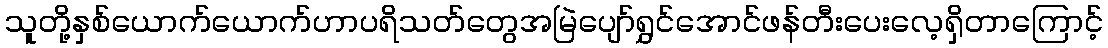
သူတို့နှစ်ယောက်ယောက်ဟာပရိသတ်တွေအမြဲပျော်ရွှင်အောင်ဖန်တီးပေးလေ့ရှိတာကြောင့်